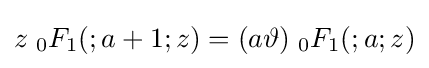
z\;{}_{0}F_{1}(;a+1;z)=(a\vartheta )\;{}_{0}F_{1}(;a;z)